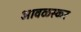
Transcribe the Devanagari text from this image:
आवळस्कर